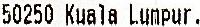
50250 KUALA LUMPUR.